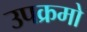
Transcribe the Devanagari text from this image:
उपक्रमो